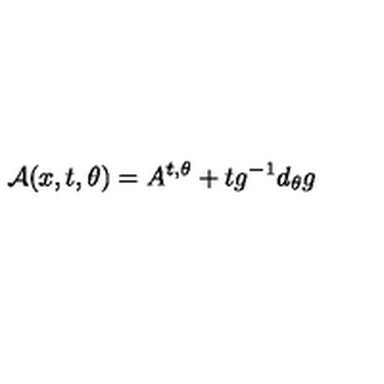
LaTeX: { \cal A } ( x , t , \theta ) = A ^ { t , \theta } + t g ^ { - 1 } d _ { \theta } g